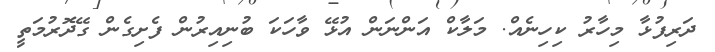
ދަރިފުޅާ މިހާރު ކިހިނެއް. މަލާކް އަންނަން އުޅޭ ވާހަކަ ބުނިއިރުން ފެށިގެން ގޭދޮރުމަތީ